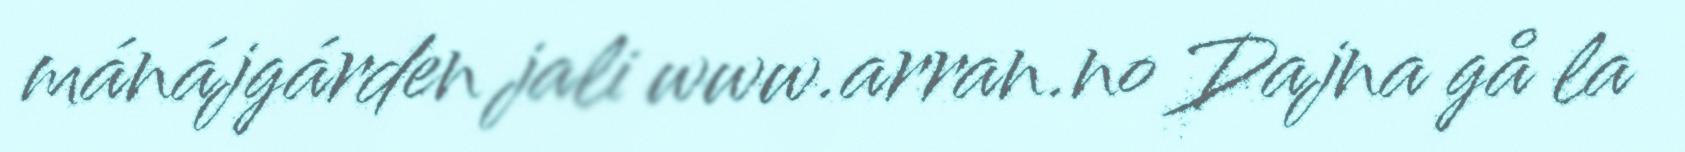
mánájgárden jali www.arran.no Dajna gå la